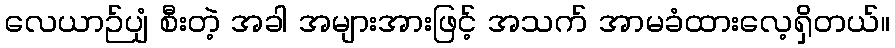
လေယာဉ်ပျံ စီးတဲ့ အခါ အများအားဖြင့် အသက် အာမခံထားလေ့ရှိတယ်။